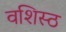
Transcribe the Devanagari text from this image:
वशिस्ठ